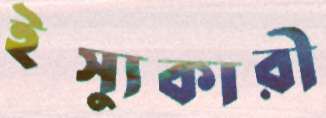
ইস্যুকারী